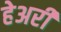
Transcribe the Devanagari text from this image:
हेअरी